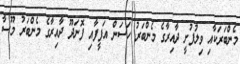
މެންބަރަކާއި ވިލުފުށީ ދާއިރާގެ މެންބަރު ހަސަން އަފީފާއި ފޮނަދޫ ދާއިރާގެ މެންބަރު މޫސާ